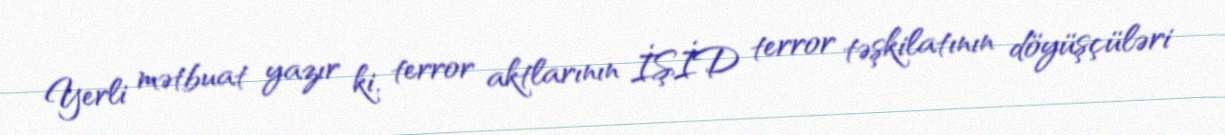
Yerli mətbuat yazır ki, terror aktlarının İŞİD terror təşkilatının döyüşçüləri